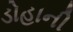
ડોહાની